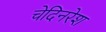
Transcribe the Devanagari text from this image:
चेदिनरेश